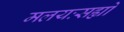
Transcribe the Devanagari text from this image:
मलयःसह्यो